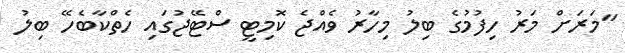
"މަރަށް މަރު ހިފުމުގެ ބިލު މިހާރު ވެއްޖެ ކޮމިޓީ ސްޓޭޖުގައި ހެތްކާބެހޭ ބިލު